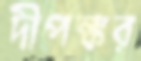
দীপঙ্কর